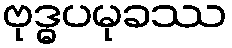
ဗုဒ္ဓပမုခဿ